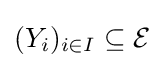
(Y_{i})_{i\in I}\subseteq {\mathcal {E}}